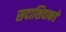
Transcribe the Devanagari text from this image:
सदाशिवाकडे